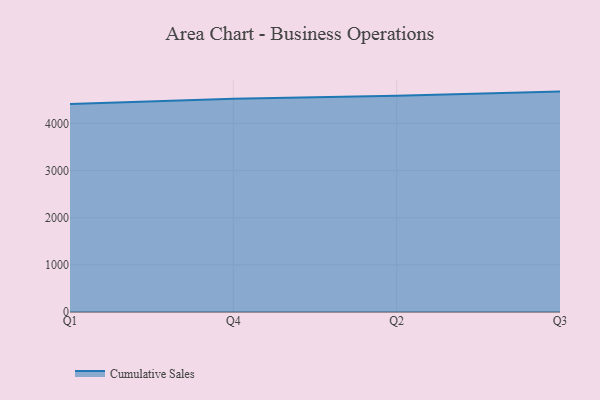
{"axis": {"x": "Quarter", "y": "Churn Rate (%)"}, "legend": ["Cumulative Sales"], "data": [{"x": "Q1", "y": 4408.4, "type": "Cumulative Sales"}, {"x": "Q4", "y": 4519.7, "type": "Cumulative Sales"}, {"x": "Q2", "y": 4585.4, "type": "Cumulative Sales"}, {"x": "Q3", "y": 4673.3, "type": "Cumulative Sales"}]}